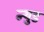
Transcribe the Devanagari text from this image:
न्युड